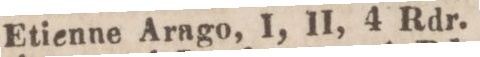
Etienne Arago, I, II, 4 Rdr.